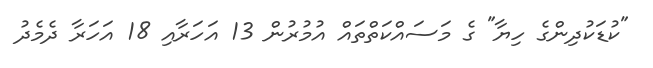
"ކުޑަކުދިންގެ ހިޔާ" ގެ މަސައްކަތްތައް އުމުރުން 13 އަހަރާއި 18 އަހަރާ ދެމެދު